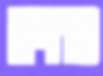
נורדיה